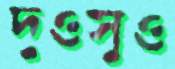
দুওসুও